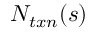
N _ { t x n } ( s )